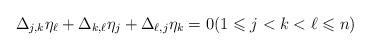
LaTeX: \begin{align*}\Delta_{j,k} \eta_{\ell}+\Delta_{k,\ell} \eta_j+\Delta_{\ell,j} \eta_k=0 (1 \leqslant j<k<\ell \leqslant n)\end{align*}